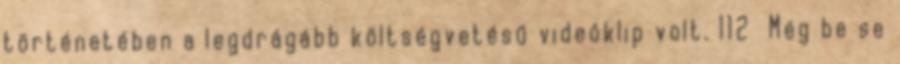
történetében a legdrágább költségvetésű videóklip volt. 112 Még be se